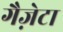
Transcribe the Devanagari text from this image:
गैज़ेटा